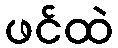
ဖင်ထဲ